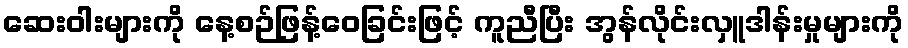
ဆေးဝါးများကို နေ့စဉ်ဖြန့်ဝေခြင်းဖြင့် ကူညီပြီး အွန်လိုင်းလှူဒါန်းမှုများကို